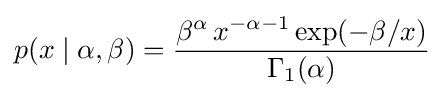
p(x\mid \alpha ,\beta )={\frac {\beta ^{\alpha }\,x^{-\alpha -1}\exp(-\beta /x)}{\Gamma _{1}(\alpha )}}